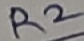
Text: R2